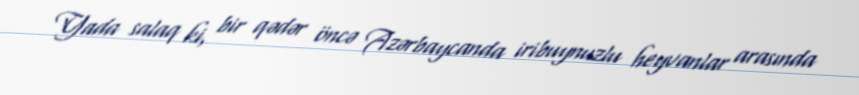
Yada salaq ki, bir qədər öncə Azərbaycanda iribuynuzlu heyvanlar arasında